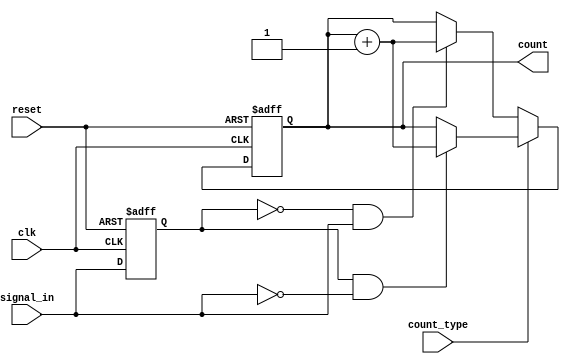
module edge_counter (
    input wire clk,               // Clock signal
    input wire reset,             // Active-high reset signal
    input wire signal_in,         // Input signal
    input wire count_type,        // 0 for rising edges, 1 for falling edges
    output reg [31:0] count       // 32-bit counter output
);

    reg signal_in_prev;           // Register to store the previous state of signal_in

    // Always block for edge detection and counting
    always @(posedge clk or posedge reset) begin
        if (reset) begin
            count <= 32'b0;       // Reset counter to zero
            signal_in_prev <= 1'b0; // Initialize previous signal state
        end else begin
            // Edge detection logic
            if (count_type == 1'b0) begin  // Count rising edges
                if (~signal_in_prev && signal_in) begin
                    count <= count + 1; // Increment count on rising edge
                end
            end else begin  // Count falling edges
                if (signal_in_prev && ~signal_in) begin
                    count <= count + 1; // Increment count on falling edge
                end
            end
            
            // Update previous state for next clock cycle
            signal_in_prev <= signal_in;
        end
    end

endmodule